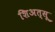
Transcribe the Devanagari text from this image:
शिअत्सू